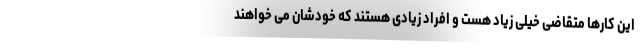
این کارها متقاضی خیلی زیاد هست و افراد زیادی هستند که خودشان می خواهند